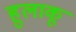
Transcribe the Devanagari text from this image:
हुलाकू